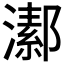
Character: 𤀝